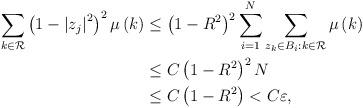
LaTeX: \begin{align*}\sum_{k\in\mathcal{R}}\left( 1-\left\vert z_{j}\right\vert ^{2}\right)^{2}\mu\left( k\right) & \leq\left( 1-R^{2}\right) ^{2}\sum_{i=1}^{N}\sum_{z_{k}\in B_{i}:k\in\mathcal{R}}\mu\left( k\right) \\& \leq C\left( 1-R^{2}\right) ^{2}N\\& \leq C\left( 1-R^{2}\right) <C\varepsilon,\end{align*}